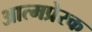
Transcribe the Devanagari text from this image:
आत्मप्रेरक